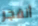
أنفجر